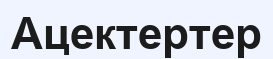
Ацектертер